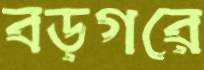
বড়গরে